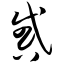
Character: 惑